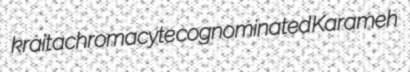
krait achromacyte cognominated Karameh